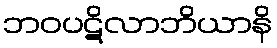
ဘဝပဋိလာဘိယာနိ